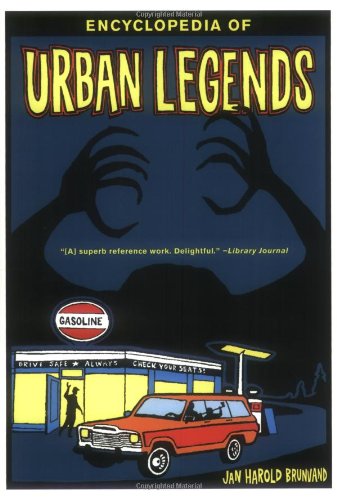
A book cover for Encyclopedia of Urban Legends; Jan Harold Brunvand; Humor & Entertainment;